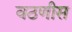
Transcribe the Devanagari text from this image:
वठणीस